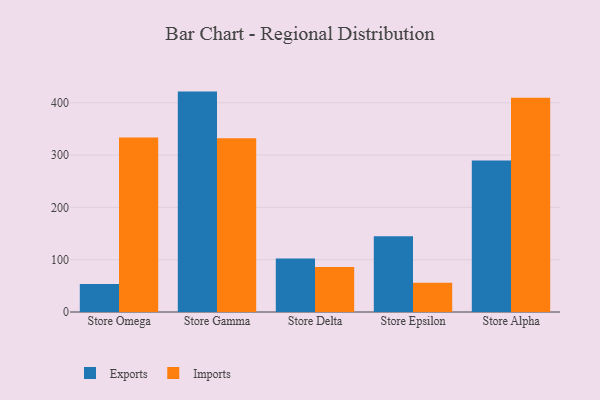
{"axis": {"x": "Store", "y": "Production Output"}, "legend": ["Exports", "Imports"], "data": [{"x": "Store Omega", "y": 53.5, "type": "Exports"}, {"x": "Store Omega", "y": 333.8, "type": "Imports"}, {"x": "Store Gamma", "y": 421.4, "type": "Exports"}, {"x": "Store Gamma", "y": 332.3, "type": "Imports"}, {"x": "Store Delta", "y": 102.4, "type": "Exports"}, {"x": "Store Delta", "y": 86.1, "type": "Imports"}, {"x": "Store Epsilon", "y": 144.8, "type": "Exports"}, {"x": "Store Epsilon", "y": 55.8, "type": "Imports"}, {"x": "Store Alpha", "y": 289.8, "type": "Exports"}, {"x": "Store Alpha", "y": 409.5, "type": "Imports"}]}